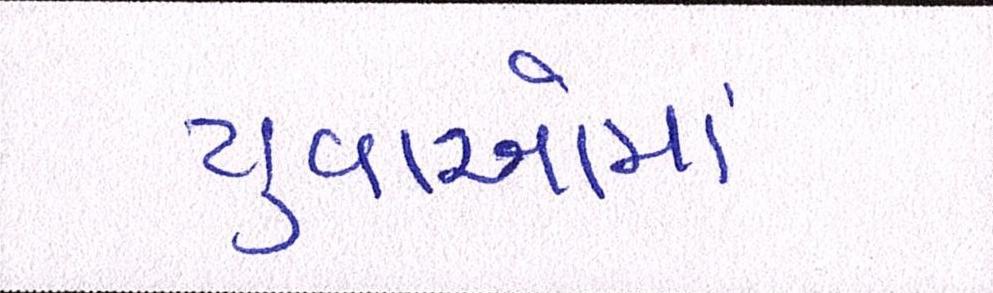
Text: યુવાઓમાં